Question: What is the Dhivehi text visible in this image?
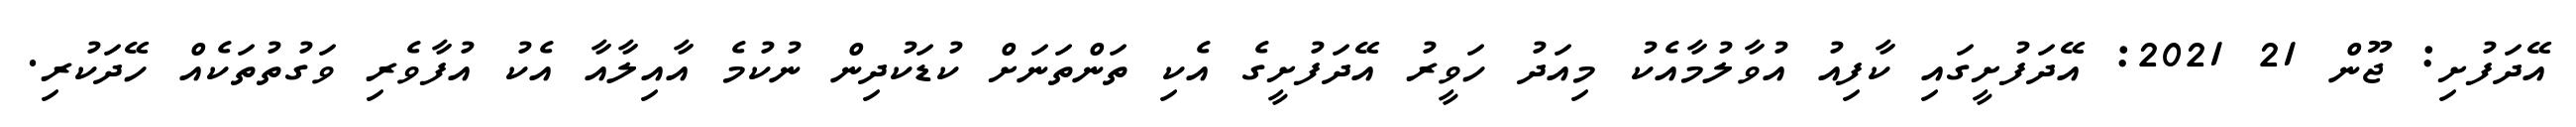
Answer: އޭދަފުށި: ޖޫން 21 2021: އޭދަފުށީގައި ކާފިއު އުވާލުމާއެކު މިއަދު ހަވީރު އޭދަފުށީގެ އެކި ތަންތަނަށް ކުޑަކުދިން ނުކުމެ އާއިލާއާ އެކު އުފާވެރި ވަގުތުތަކެއް ހޭދަކުރި.